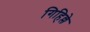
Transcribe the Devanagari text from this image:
गिहिल्ले